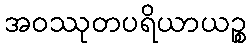
အဝဿုတပရိယာယဉ္စ